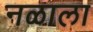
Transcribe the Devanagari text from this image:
नळाला